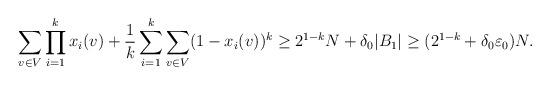
LaTeX: \begin{align*}\sum_{v \in V} \prod_{i=1}^k x_i(v)+\frac 1k \sum_{i=1}^k \sum_{v \in V} (1-x_i(v))^k \geq 2^{1-k}N+\delta_0 |B_1|\geq (2^{1-k}+\delta_0 \varepsilon_0)N.\end{align*}